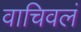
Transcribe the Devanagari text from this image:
वाचिवलं